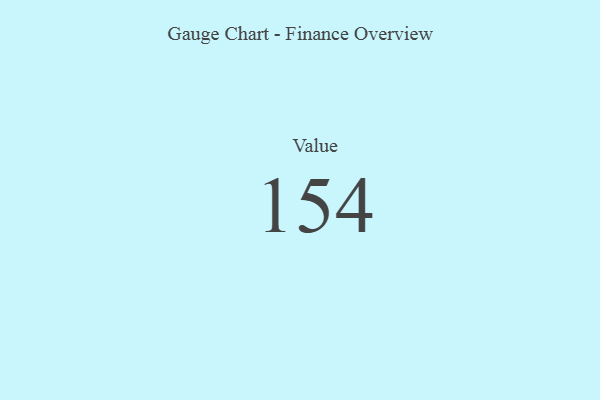
{"axis": {"x": "Metric", "y": "Value"}, "legend": [""], "data": [{"x": "Value", "y": 154, "type": ""}]}